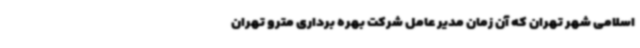
اسلامی شهر تهران که آن زمان مدیر عامل شرکت بهره برداری مترو تهران